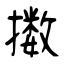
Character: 擞